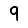
Digit: 9